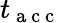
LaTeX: t_{\mathrm{~a~c~c~}}